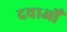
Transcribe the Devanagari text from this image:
दवाओँ